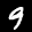
Label: 9